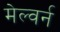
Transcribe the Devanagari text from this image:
मेल्वर्न